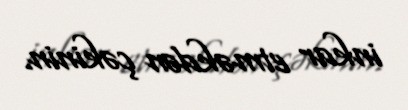
inkar etməkdən çəkinin.